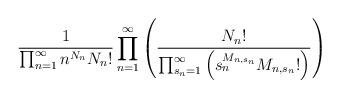
LaTeX: \begin{align*}\frac{1}{ \prod_{n=1}^\infty n^{N_n}N_n!}\prod_{n=1}^\infty \left(\frac{N_n!}{\prod_{s_n=1}^\infty \left(s_n^{M_{n,s_n}}M_{n,s_n}!\right)}\right)\end{align*}